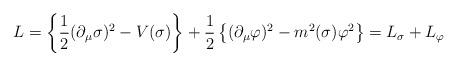
LaTeX: \begin{align*}\;\;\;\; L = \left\{ \frac{1}{2} (\partial_\mu \sigma)^2 - V(\sigma)\right\} +\frac{1}{2} \left\{(\partial_\mu \varphi)^2 - m^2(\sigma)\varphi^2 \right\} = L_\sigma + L_\varphi\end{align*}